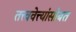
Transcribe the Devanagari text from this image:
तत्त्ववेत्त्यांसोबत